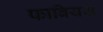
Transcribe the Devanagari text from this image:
फाबियस